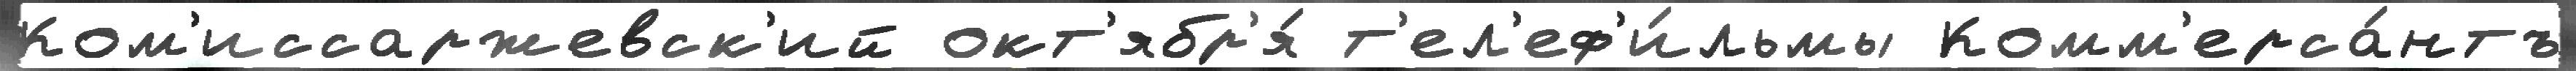
Ком'иссаржевск'ий окт'ябр'я́ т'ел'еф'и́льмы Комм'ерса́нтъ